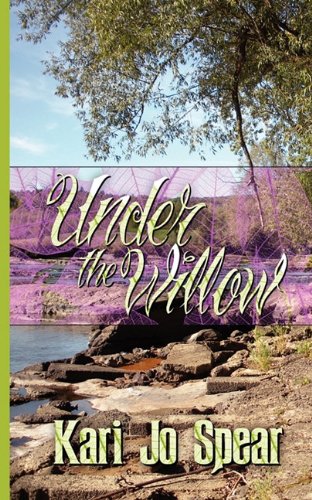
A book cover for Under the Willow; Kari Jo Spear; Teen & Young Adult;